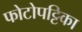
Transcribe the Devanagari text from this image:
फोटोपट्टिका